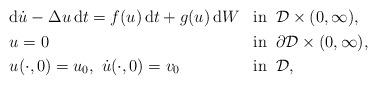
LaTeX: \begin{align*}\begin{aligned}&\mathrm{d}\dot{u} - \Delta u\, \mathrm{d}t = f(u)\,\mathrm{d}t+g(u)\,\mathrm{d}W &&\mathrm{in}\: \ \mathcal{D}\times(0,\infty), \\&u = 0 &&\mathrm{in}\: \ \partial\mathcal{D}\times(0,\infty), \\&u(\cdot,0) = u_0, \ \dot{u}(\cdot,0)=v_0 &&\mathrm{in}\: \ \mathcal{D},\end{aligned}\end{align*}